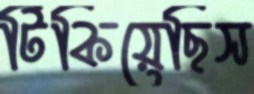
টিকিয়েছিস